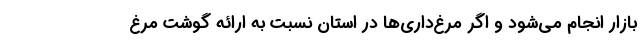
بازار انجام می‌شود و اگر مرغ‌داری‌ها در استان نسبت به ارائه گوشت مرغ